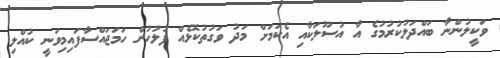
ވަކީލުންނާ ބައްދަލުކުރުމުގެ އާ އުސޫލަކާއި އެކަމަށް މަދު ވަގުތުކޮޅެއް ފުލުހުން ހަމަޖައްސާފައިމިވަނީ ކުއްލި